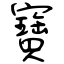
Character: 寶